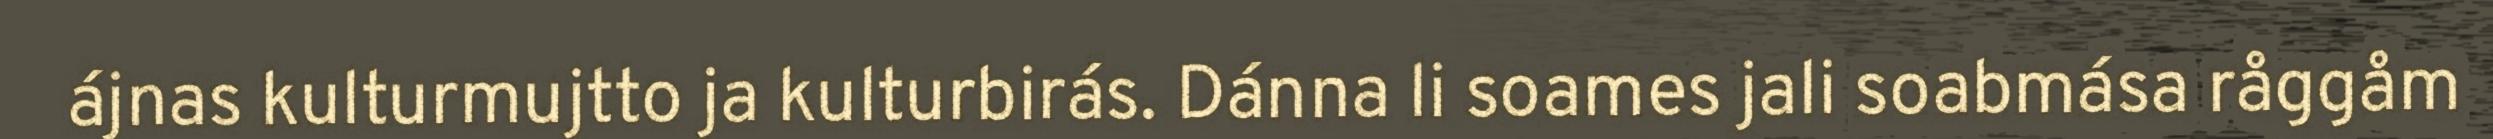
ájnas kulturmujtto ja kulturbirás. Dánna li soames jali soabmása råggåm